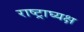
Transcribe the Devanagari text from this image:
राष्ट्राघ्यक्ष